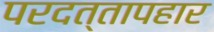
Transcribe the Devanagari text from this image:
परदत्तापहार